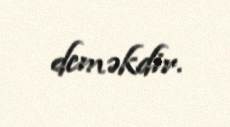
deməkdir.